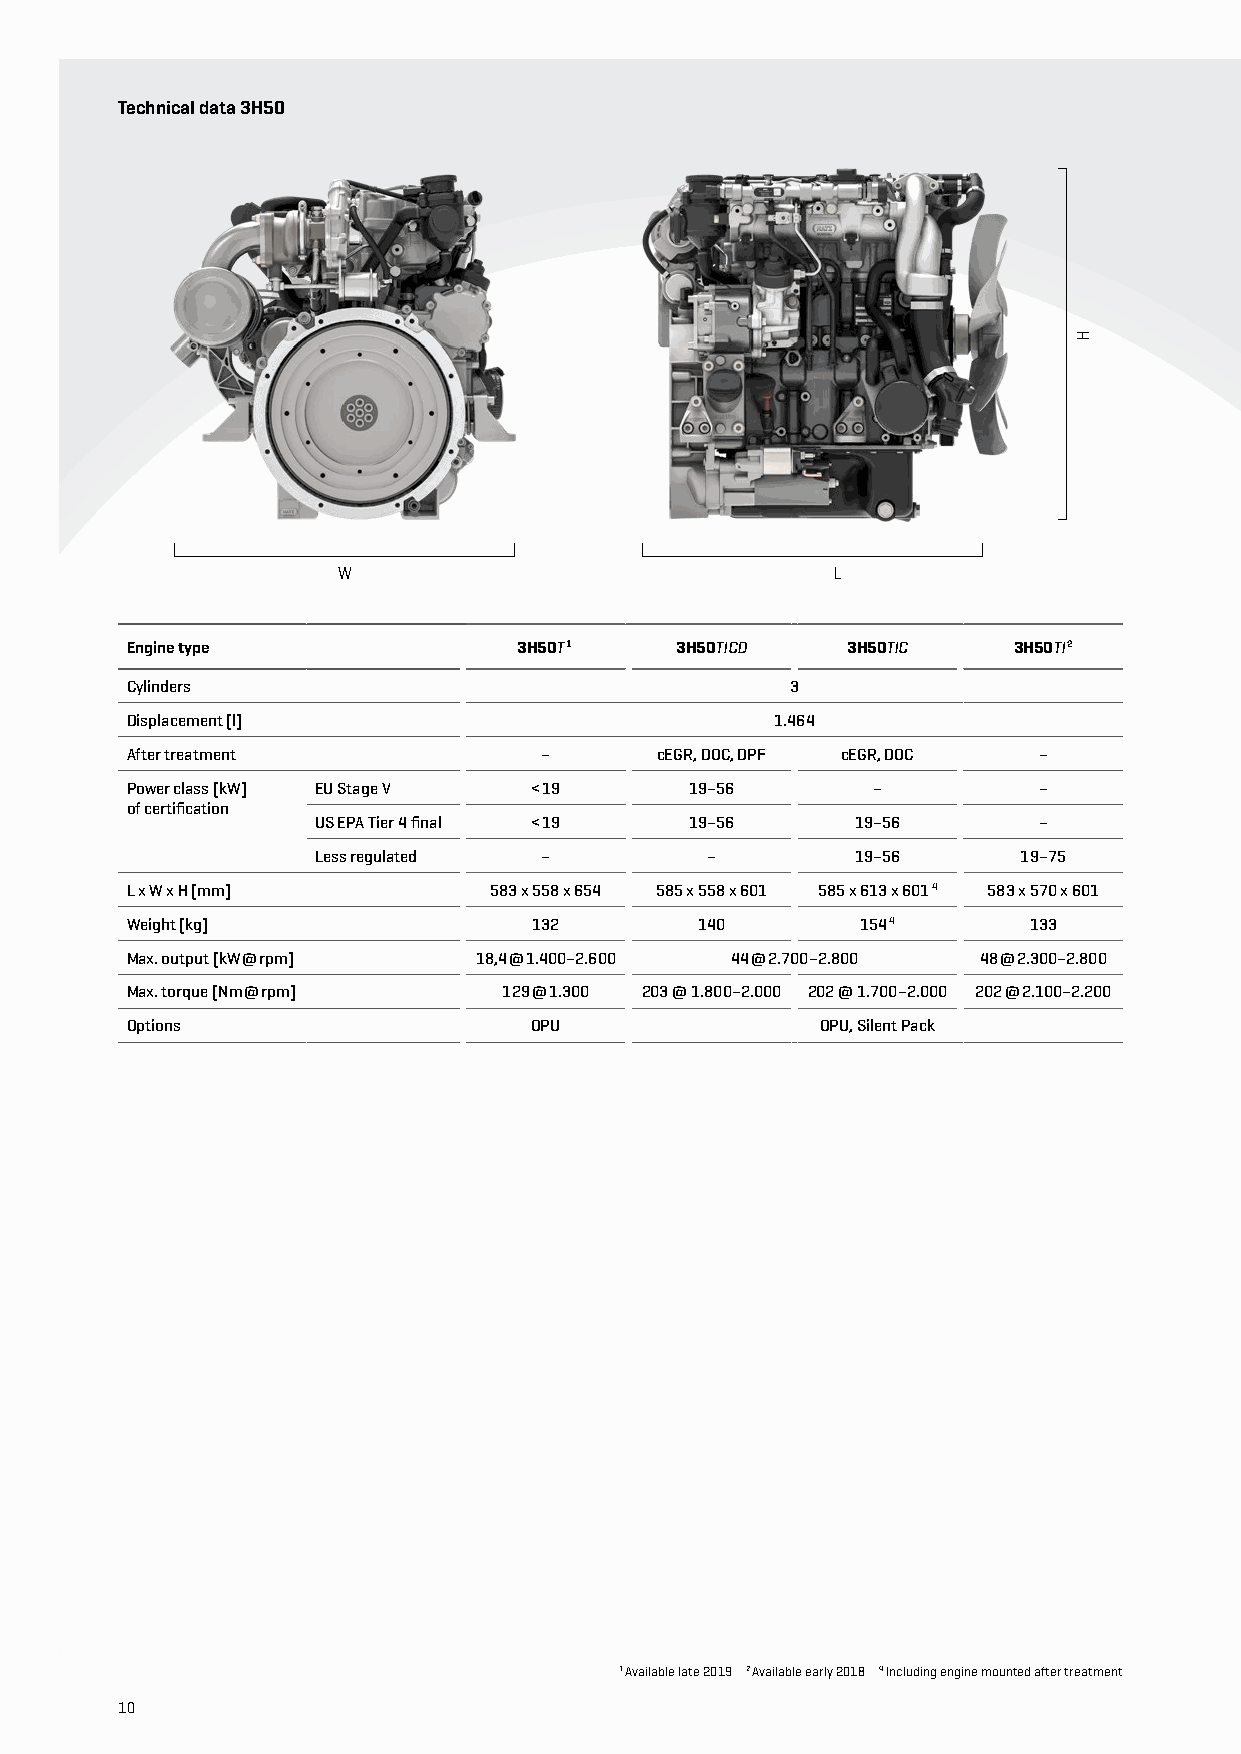
Technical data 3H50
 W                                L
 Engine type               3H50T 1    3H50TICD   3H50TIC    3H50TI 2
 Cylinders                                   3
 Displacement [l]                           1.464
 After treatment             –      cEGR, DOC, DPF cEGR, DOC  –
 Power class [kW] EU Stage V < 19      19–56       –          –
 of certification
 US EPA Tier 4 final < 19 19–56      19–56       –
 Less regulated –          –         19–56      19–75
 L x W x H [mm]          583 x 558 x 654 585 x 558 x 601 585 x 613 x 601 4 583 x 570 x 601
 Weight [kg]                132        140        154 4      133
 Max. output [kW @ rpm] 18,4 @ 1.400–2.600 44 @ 2.700–2.800 48 @ 2.300–2.800
 Max. torque [Nm @ rpm]   129 @ 1.300 203 @ 1.800–2.000 202 @ 1.700–2.000 202 @ 2.100–2.200
 Options                    OPU                OPU, Silent Pack
 1 Available late 2019 2 Available early 2018 4 Including engine mounted after treatment
 1100
 H